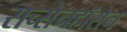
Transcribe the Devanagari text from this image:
सच्सेनहॉसेन